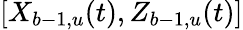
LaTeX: [X_{b-1,u}(t),Z_{b-1,u}(t)]